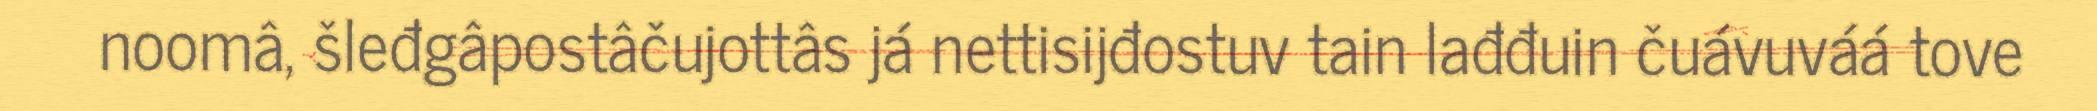
noomâ, šleđgâpostâčujottâs já nettisijđostuv tain lađđuin čuávuváá tove